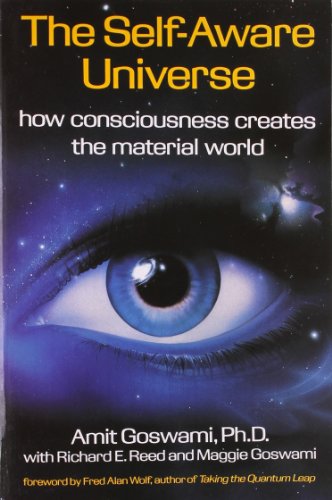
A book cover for The Self-Aware Universe; Amit Goswami; Science & Math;